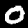
Digit: 0